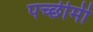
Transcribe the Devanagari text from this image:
पच्छीमी